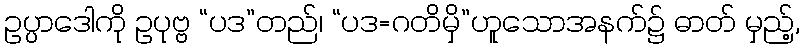
ဥပ္ပာဒေါကို ဥပုဗ္ဗ “ပဒ”တည်၊ “ပဒ=ဂတိမှိ”ဟူသောအနက်၌ ဓာတ် မှည့်,